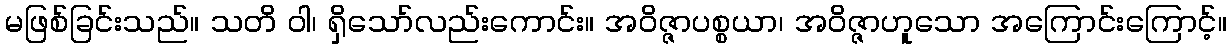
မဖြစ်ခြင်းသည်။ သတိ ဝါ၊ ရှိသော်လည်းကောင်း။ အဝိဇ္ဇာပစ္စယာ၊ အဝိဇ္ဇာဟူသော အကြောင်းကြောင့်။